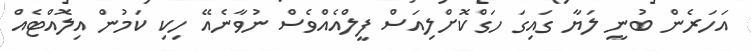
އަހަރެން ބުނީ ލަޔާ ގައިގަ ހަގްކޮށްލިއަސް ފީލްއެއްވެސް ނުވާނެއޭ ހިކި ކަމުން އިލޮއްޓެއް